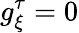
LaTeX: g_{\xi}^{\tau}=0